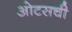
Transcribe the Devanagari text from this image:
ओटसची